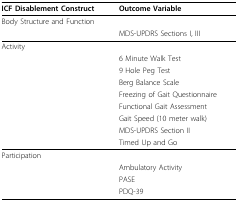
<table><thead><tr><td><b>ICF Disablement Construct</b></td><td><b>Outcome Variable</b></td></tr></thead><tbody><tr><td>Body Structure and Function</td><td>[EMPTY_CELL]</td></tr><tr><td>[EMPTY_CELL]</td><td>MDS-UPDRS Sections I, III</td></tr><tr><td>Activity</td><td>[EMPTY_CELL]</td></tr><tr><td>[EMPTY_CELL]</td><td>6 Minute Walk Test</td></tr><tr><td>[EMPTY_CELL]</td><td>9 Hole Peg Test</td></tr><tr><td>[EMPTY_CELL]</td><td>Berg Balance Scale</td></tr><tr><td>[EMPTY_CELL]</td><td>Freezing of Gait Questionnaire</td></tr><tr><td>[EMPTY_CELL]</td><td>Functional Gait Assessment</td></tr><tr><td>[EMPTY_CELL]</td><td>Gait Speed (10 meter walk)</td></tr><tr><td>[EMPTY_CELL]</td><td>MDS-UPDRS Section II</td></tr><tr><td>[EMPTY_CELL]</td><td>Timed Up and Go</td></tr><tr><td>Participation</td><td>[EMPTY_CELL]</td></tr><tr><td>[EMPTY_CELL]</td><td>Ambulatory Activity</td></tr><tr><td>[EMPTY_CELL]</td><td>PASE</td></tr><tr><td>[EMPTY_CELL]</td><td>PDQ-39</td></tr></tbody></table>